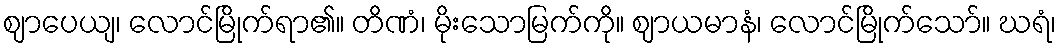
ဈာပေယျ၊ လောင်မြိုက်ရာ၏။ တိဏံ၊ မိုးသောမြက်ကို။ ဈာယမာနံ၊ လောင်မြိုက်သော်။ ဃရံ၊